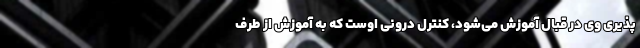
پذیری وی در قبال آموزش می‌شود، کنترل درونی اوست که به آموزش از طرف